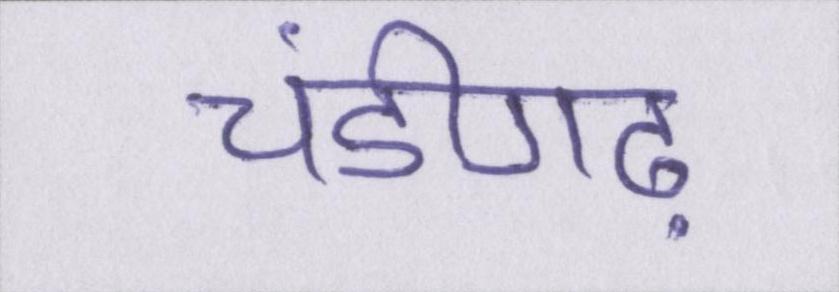
चंडीगढ़